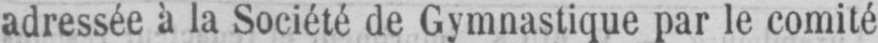
adressée à la Société de Gymnastique par le comité